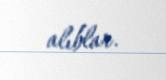
alıblar.